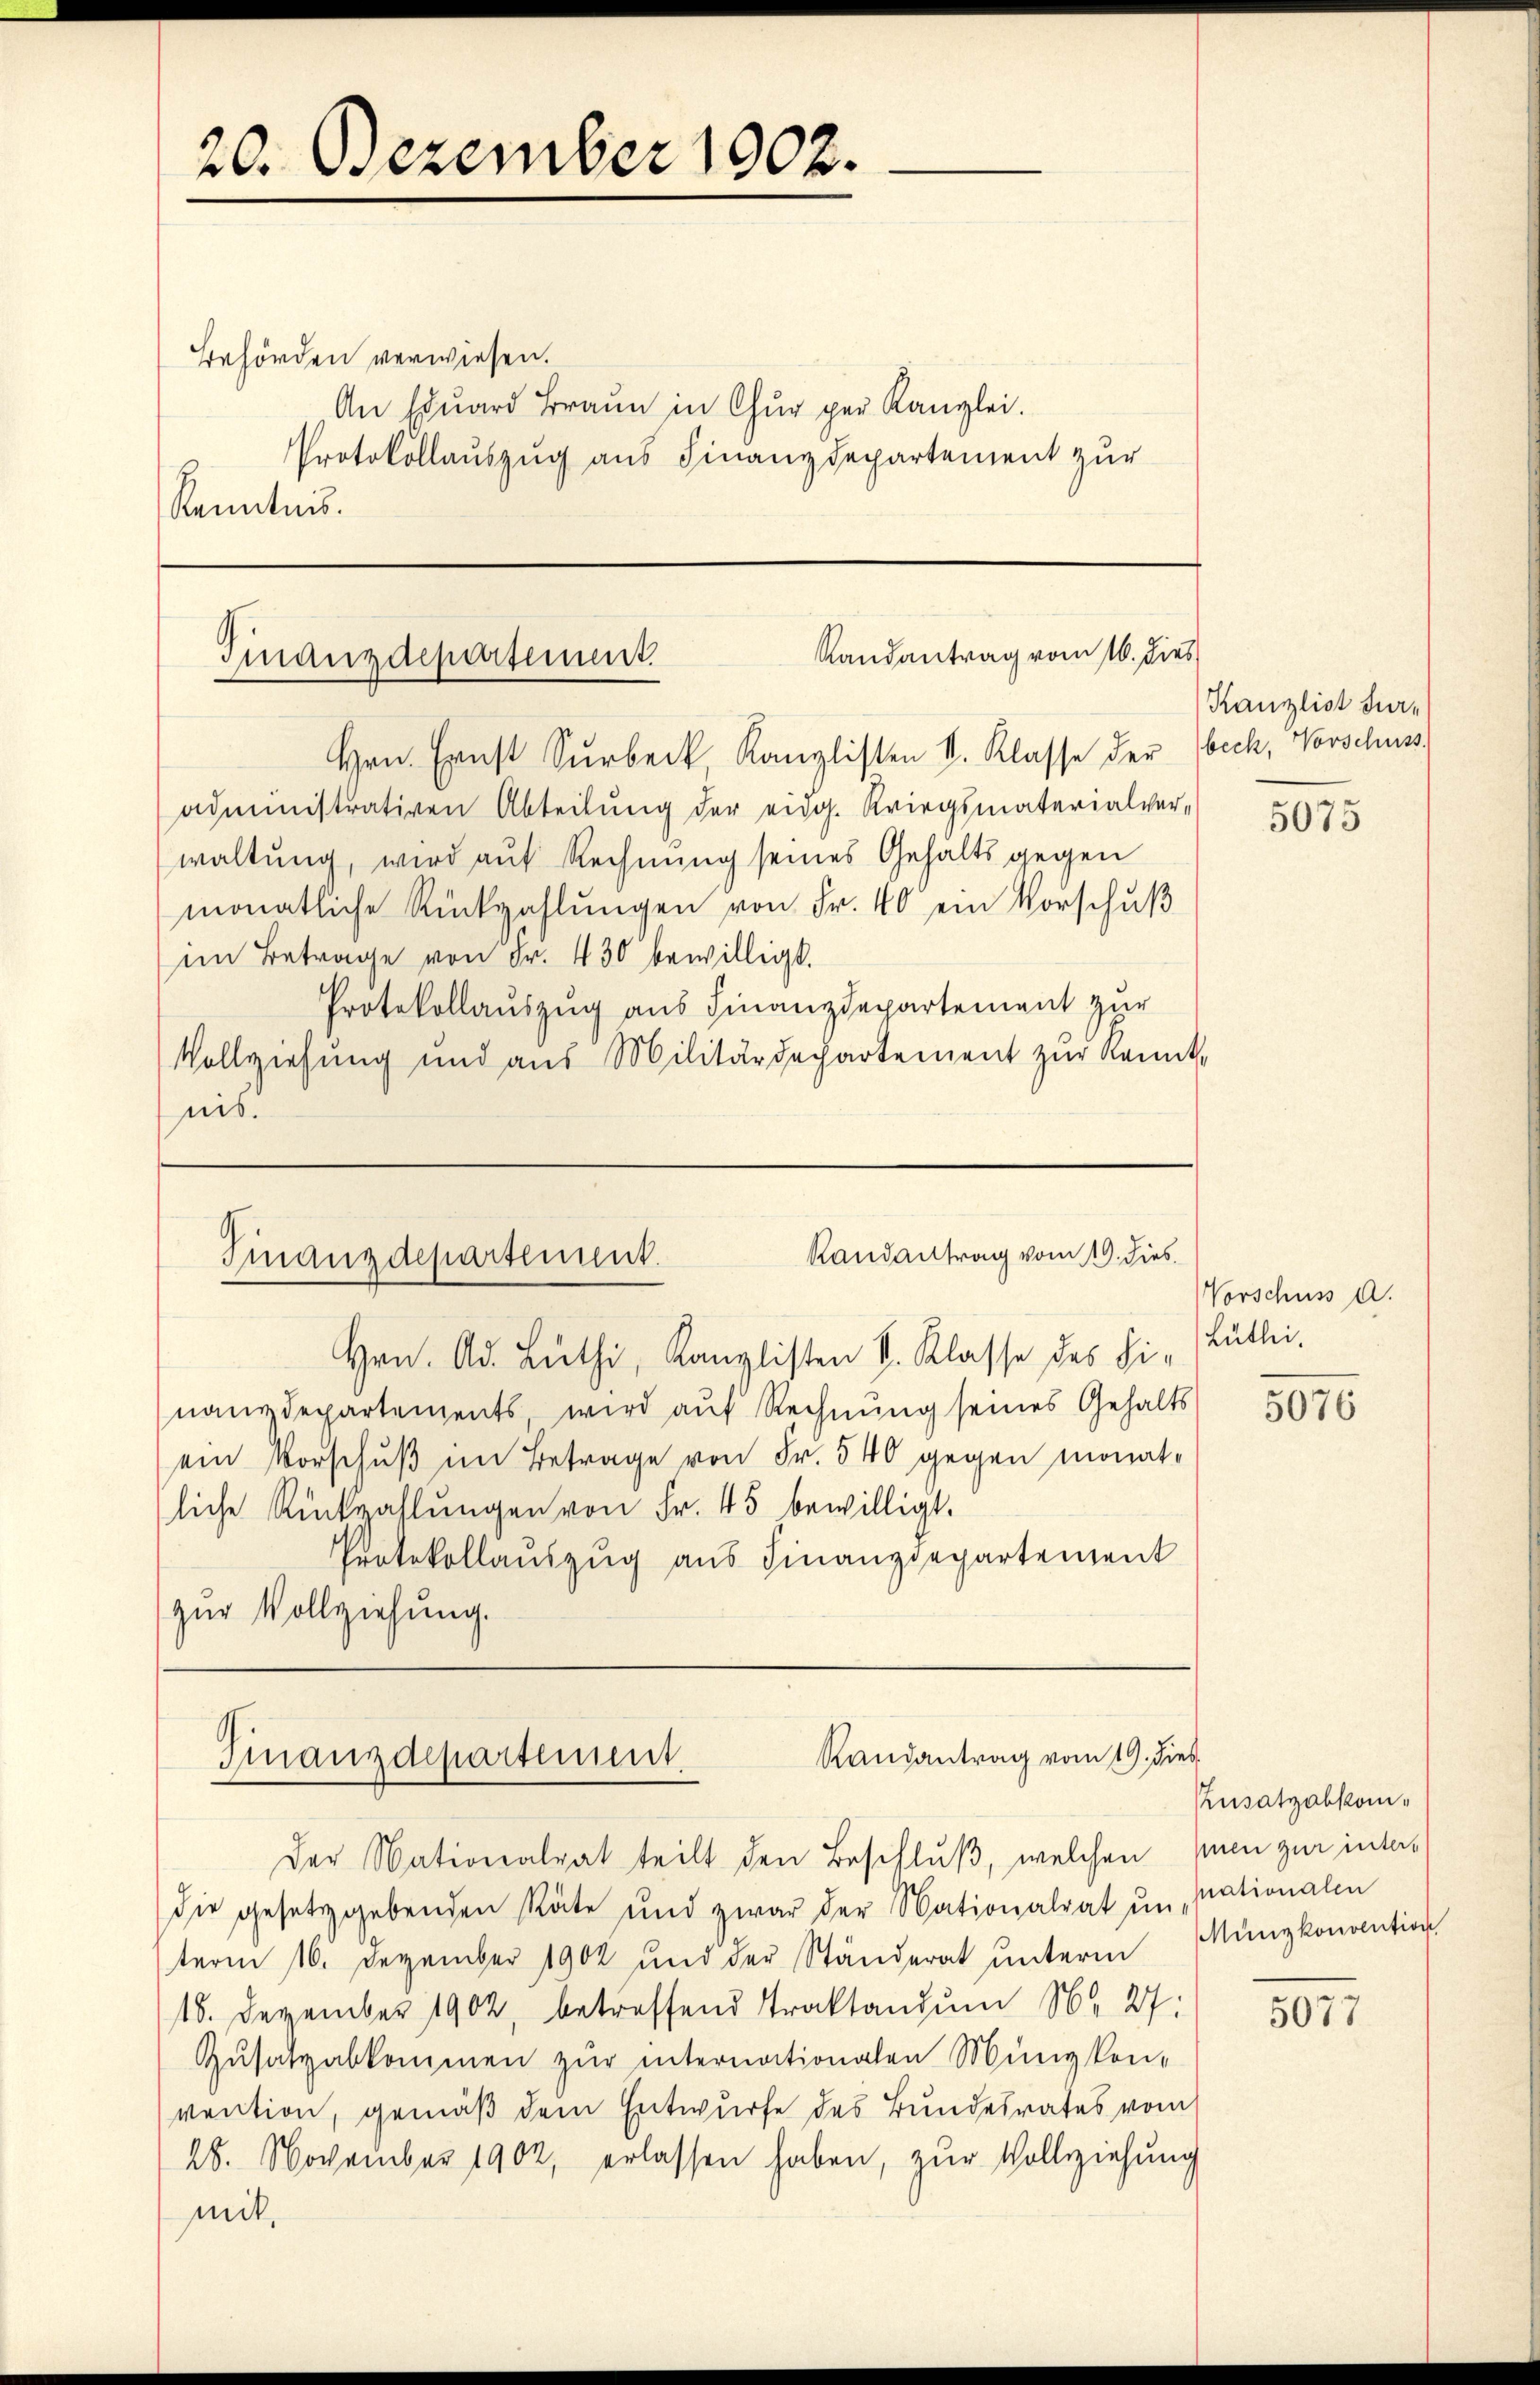
20. Dezember 1902.

Behörden verwiesen.
An Edŭard Braun in Chur per Kanzlei.
Protokollauszug aus Finanzdepartement zur
Kenntnis.

Randantrag vom 16. dies
Finanzdepartement.

Hrn. Ernst Surbeck Kanzlisten S. Klasse der beck, Vorschuss,
administrativen Abteilŭng der eidg. Kriegsmaterialver-
waltung, wird auf Rechnung seines Gehalts gegen
monatliche Rückzahlungen von Fr. 40 ein Vorschuß
im Betrage von Fr. 430 bewilligt.
Protokollauszug aus Finanzdepartement zur
Vollziehung und aus Militärdepartement zŭr Kennt-
nis.

Randantrag vom 19. dies
Finanzdepartement.

Hrn. Ad. Lŭthi, Kanzlisten S. Klasse des Hi-Lŭtlei
nanzdepartements wird aŭf Rechnung seines Gehalts
ein Vorschŭβ im Betrage von Fr. 540 gegen monatliche Rückzahlŭngen von Fr. 45 bewilligt.
Protokollauszug aus Finanzdepartement
zur Vollziehung.

Randantrag vom 19. dies
Finanzdepartement.

Kanzlist dur¬

5075

Vorschuss a.

Der Nationalrat teilt den Beschluß, welchen mien zur interdie gesetzgebenden Räte und zwar der Nationalrat un pationalen
term 16. Dezember 1902 und der Ständerat ŭnterm Münzkonvention
18. Dezember 1902, betreffend Traktandum No 27:
Zusatzabkommen zur internationalen Münzkon-
vention, gemäß dem Entwurfe des Bundesrates vom
28. November 1902, erlassen haben, zur Vollziehung
mit,

5076

Pusatzabkom¬

5077